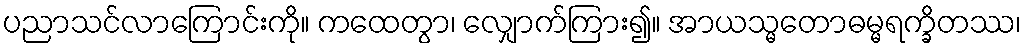
ပညာသင်လာကြောင်းကို။ ကထေတွာ၊ လျှောက်ကြား၍။ အာယသ္မတောဓမ္မရက္ခိတဿ၊